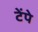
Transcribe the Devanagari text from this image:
टेंपे